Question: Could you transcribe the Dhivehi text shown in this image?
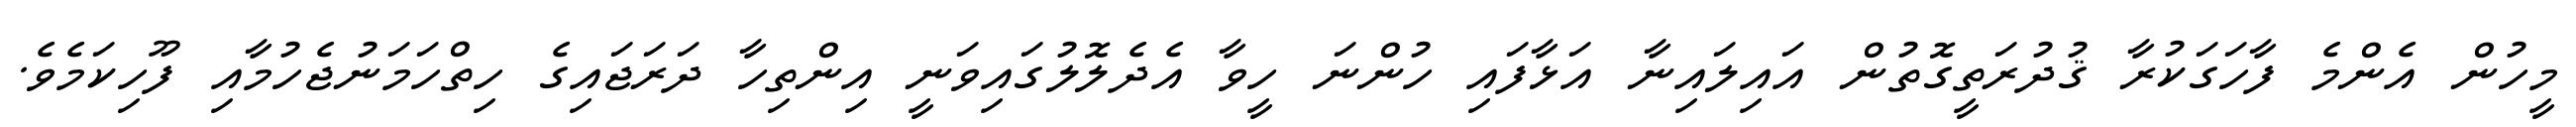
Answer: މީހުން އެންމެ ފާހަގަކުރާ ޤުދުރަތީގޮތުން އައިލައިނާ އަޅާފައި ހުންނަ ހީވާ އެދެލޮލުގައިވަނީ އިންތިހާ ދަރަޖައިގެ ހިތްހަމަނުޖެހުމާއި ފޫހިކަމެވެ.